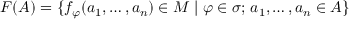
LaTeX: F ( A ) = \{ f _ { \varphi } ( a _ { 1 } , \dots , a _ { n } ) \in M \mid \varphi \in \sigma ; \, a _ { 1 } , \dots , a _ { n } \in A \}